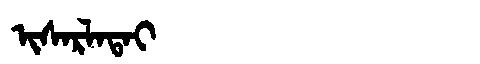
Manchu: ᡳᠰᠠᡵᠯᠠᡨᠠᡳ
Romanization: ISARLATAI